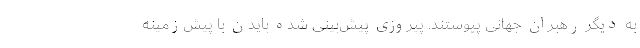
به دیگر رهبران جهانی پیوستند. پیروزی پیش‌بینی شده بایدن با پیش‌زمینه